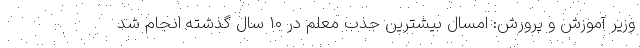
وزیر آموزش و پرورش: امسال بیشترین جذب معلم در ۱۰ سال گذشته انجام شد